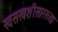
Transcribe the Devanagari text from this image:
खसखशीसारख्या